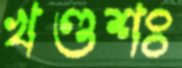
খণ্ডশঃ